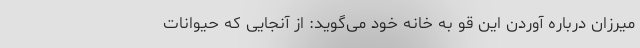
میرزان درباره آوردن این قو به خانه خود می‌گوید: از آنجایی که حیوانات